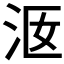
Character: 𣳐